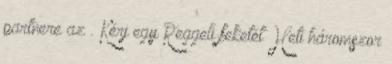
partnere az . Kérj egy Reggeli feketét Heti háromszor